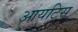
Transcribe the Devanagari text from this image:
आयटिस